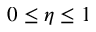
0 \leq \eta \leq 1